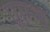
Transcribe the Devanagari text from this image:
प्राम्‍भ